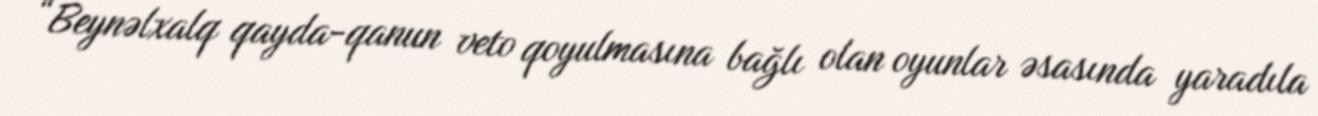
“Beynəlxalq qayda-qanun veto qoyulmasına bağlı olan oyunlar əsasında yaradıla